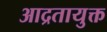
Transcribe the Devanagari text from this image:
आद्रतायुक्त